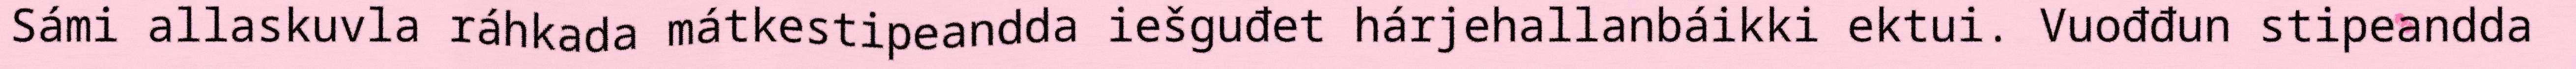
Sámi allaskuvla ráhkada mátkestipeandda iešguđet hárjehallanbáikki ektui. Vuođđun stipeandda